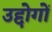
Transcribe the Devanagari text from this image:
उद्दोगों